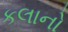
કલાનો